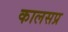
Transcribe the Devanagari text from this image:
कालसप्र